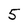
Character: 5